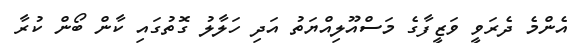
އެންމެ ދެރަވީ ވަޒީފާގެ މަސްއޫލިއްޔަތު އަދި ހަލާލު ގޮތުގައި ކާން ބޯން ކުރާ